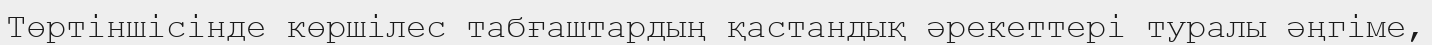
Төртіншісінде көршілес табғаштардың қастандық әрекеттері туралы әңгіме,